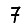
Digit: 7